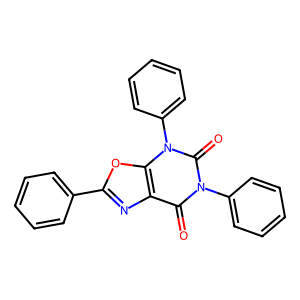
SMILES: O=c1c2nc(-c3ccccc3)oc2n(-c2ccccc2)c(=O)n1-c1ccccc1
Inhibits HIV replication: No